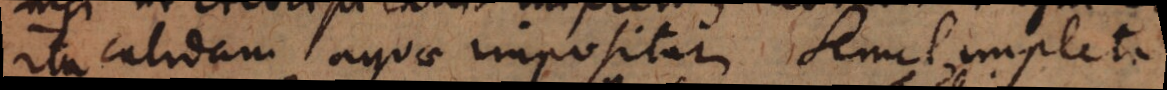
ita calidam aquae impositam. Semel impleta